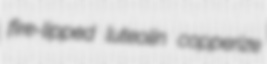
fire-lipped luteolin copperize